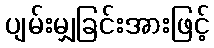
ပျမ်းမျှခြင်းအားဖြင့်